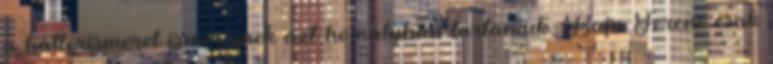
a háttérismeret ismerőinek azt homályban tartaniuk. Baja Ferenc csak